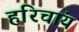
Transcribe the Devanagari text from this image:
हरिचांय